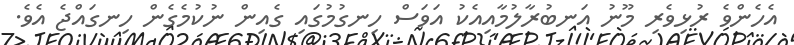
އެހެންވެ ރުޅިވެރި މޫނު އަނބުރާލުމާއިއެކު އަވަސް ހިނގުމުގައި ގެއިން ނުކުމެގެން ހިނގައްޖެ އެވެ.